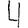
Digit: 4